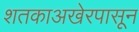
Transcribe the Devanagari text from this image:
शतकाअखेरपासून